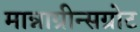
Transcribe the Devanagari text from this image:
मान्नाग्रीन्सग्रोट